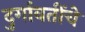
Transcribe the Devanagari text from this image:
दुर्गावतींचे